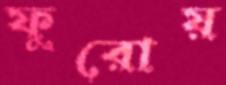
ফুরোয়